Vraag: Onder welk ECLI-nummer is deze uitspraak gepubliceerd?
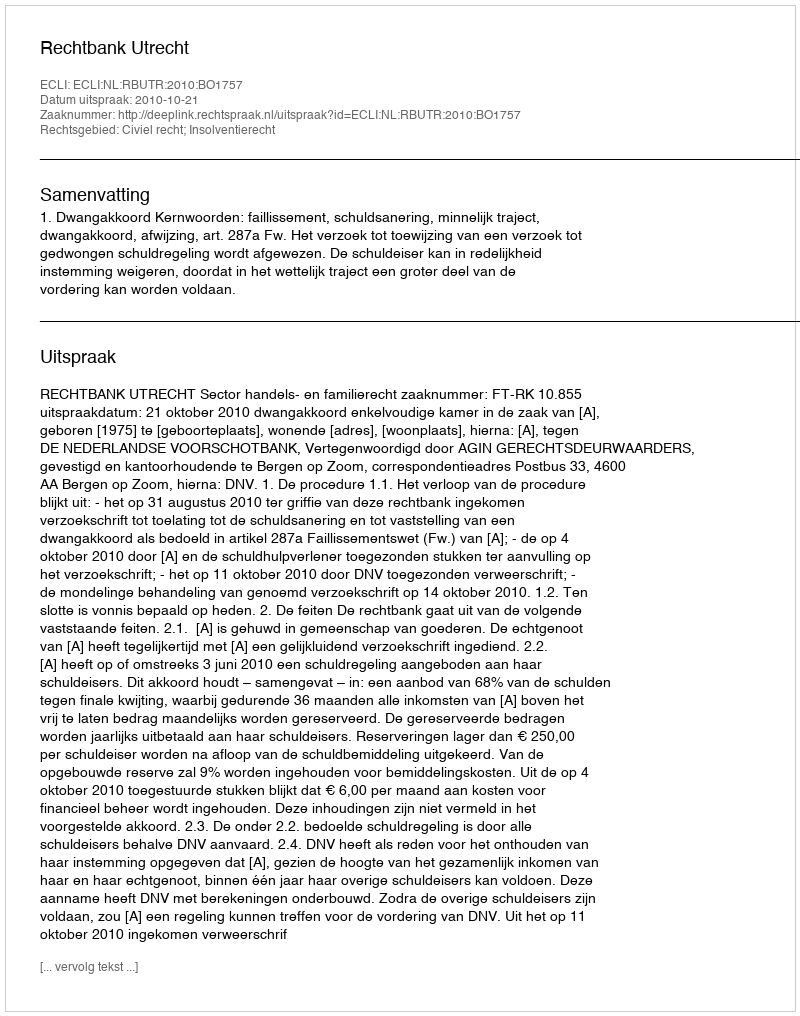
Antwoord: ECLI:NL:RBUTR:2010:BO1757